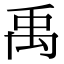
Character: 禹